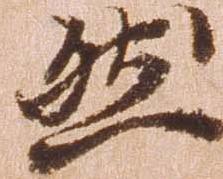
然